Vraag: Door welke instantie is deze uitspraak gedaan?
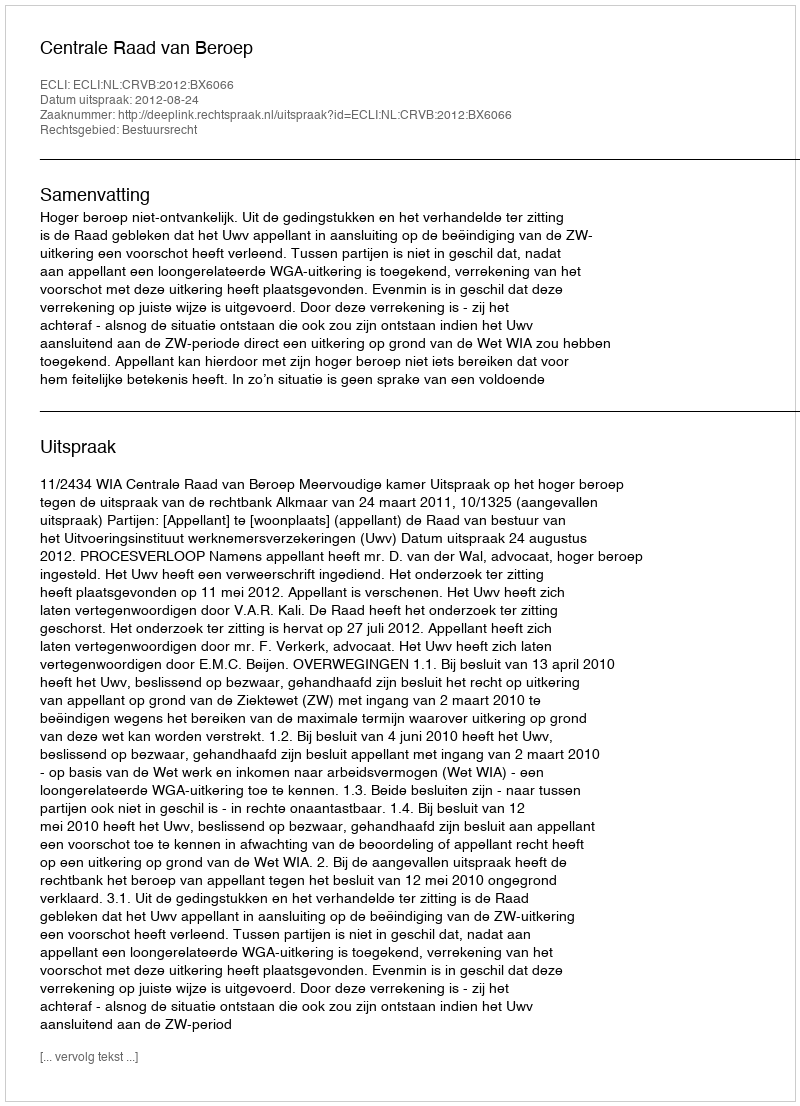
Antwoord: Centrale Raad van Beroep